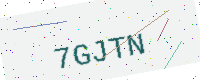
Text: 7GJTN